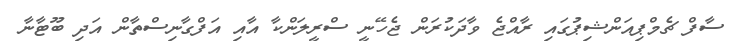
ސާފް ޗެމްޕިއަންޝިޕުގައި ރާއްޖެ ވާދަކުރަން ޖެހޭނީ ސްރީލަންކާ އާއި އަފްގާނިސްތާން އަދި ބޫޓާނާ